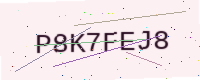
Text: P8K7FEJ8